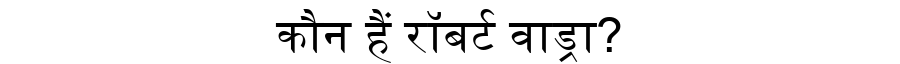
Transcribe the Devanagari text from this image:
कौन हैं रॉबर्ट वाड्रा?